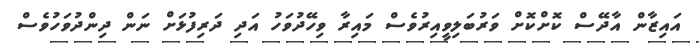
އައިޒާން އާދޭސް ކޮށްކޮށް ވަރުބަލިވީއިރުވެސް މައިރާ ވިހޭދުވަހު އަދި ދަރިފުޅަށް ނަން ދިންދުވަހުވެސް